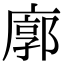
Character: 廓